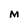
Character: M